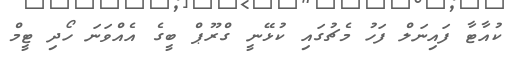
ކުއާޓާ ފައިނަލް ފަހު މެޗުގައި ކުޅޭނީ ގްރޫޕް ބީގެ އެއްވަނަ ހޯދި ޓީމް